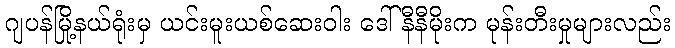
ဂျပန်မြို့နယ်ရုံးမှ ယင်းမူးယစ်ဆေးဝါး ဒေါ်နီနီမိုးက မုန်းတီးမှုများလည်း